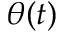
\theta ( t )